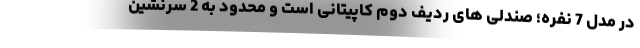
در مدل 7 نفره؛ صندلی های ردیف دوم کاپیتانی است و محدود به 2 سرنشین